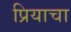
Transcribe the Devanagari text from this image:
प्रियाचा